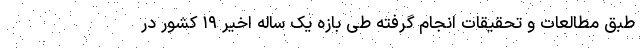
طبق مطالعات و تحقیقات انجام گرفته طی بازه یک ساله اخیر ۱۹ کشور در